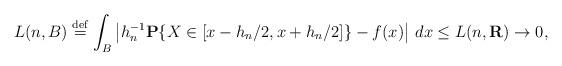
LaTeX: \begin{align*}L(n,B)\stackrel{\rm def}{=}\int_{B}\left| h_{n}^{-1}{\bf P}\{X\in[x-h_{n}/2,x+h_{n}/2]\}-f(x)\right| \,dx\leq L(n,{\bf R})\rightarrow 0,\end{align*}